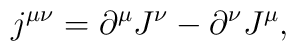
j^{\mu\nu} = \partial^{\mu} J^{\nu} - \partial^{\nu} J^{\mu},